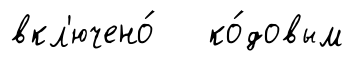
вкл'ючено́ ко́довым